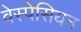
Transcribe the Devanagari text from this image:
वेस्पेसियन